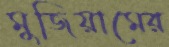
মুজিয়ামের